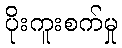
ပိုးကူးစက်မှု